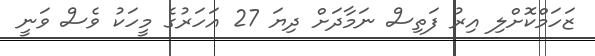
ޒަހަމްކޮށްލި އިރު ފަތިސް ނަމާދަށް ދިޔަ 27 އަހަރުގެ މީހަކު ވެސް ވަނީ